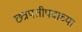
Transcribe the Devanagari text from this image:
छत्रपतीपदाच्या